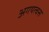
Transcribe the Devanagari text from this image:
अगयत्वस